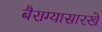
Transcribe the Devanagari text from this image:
बैराग्यासारखे